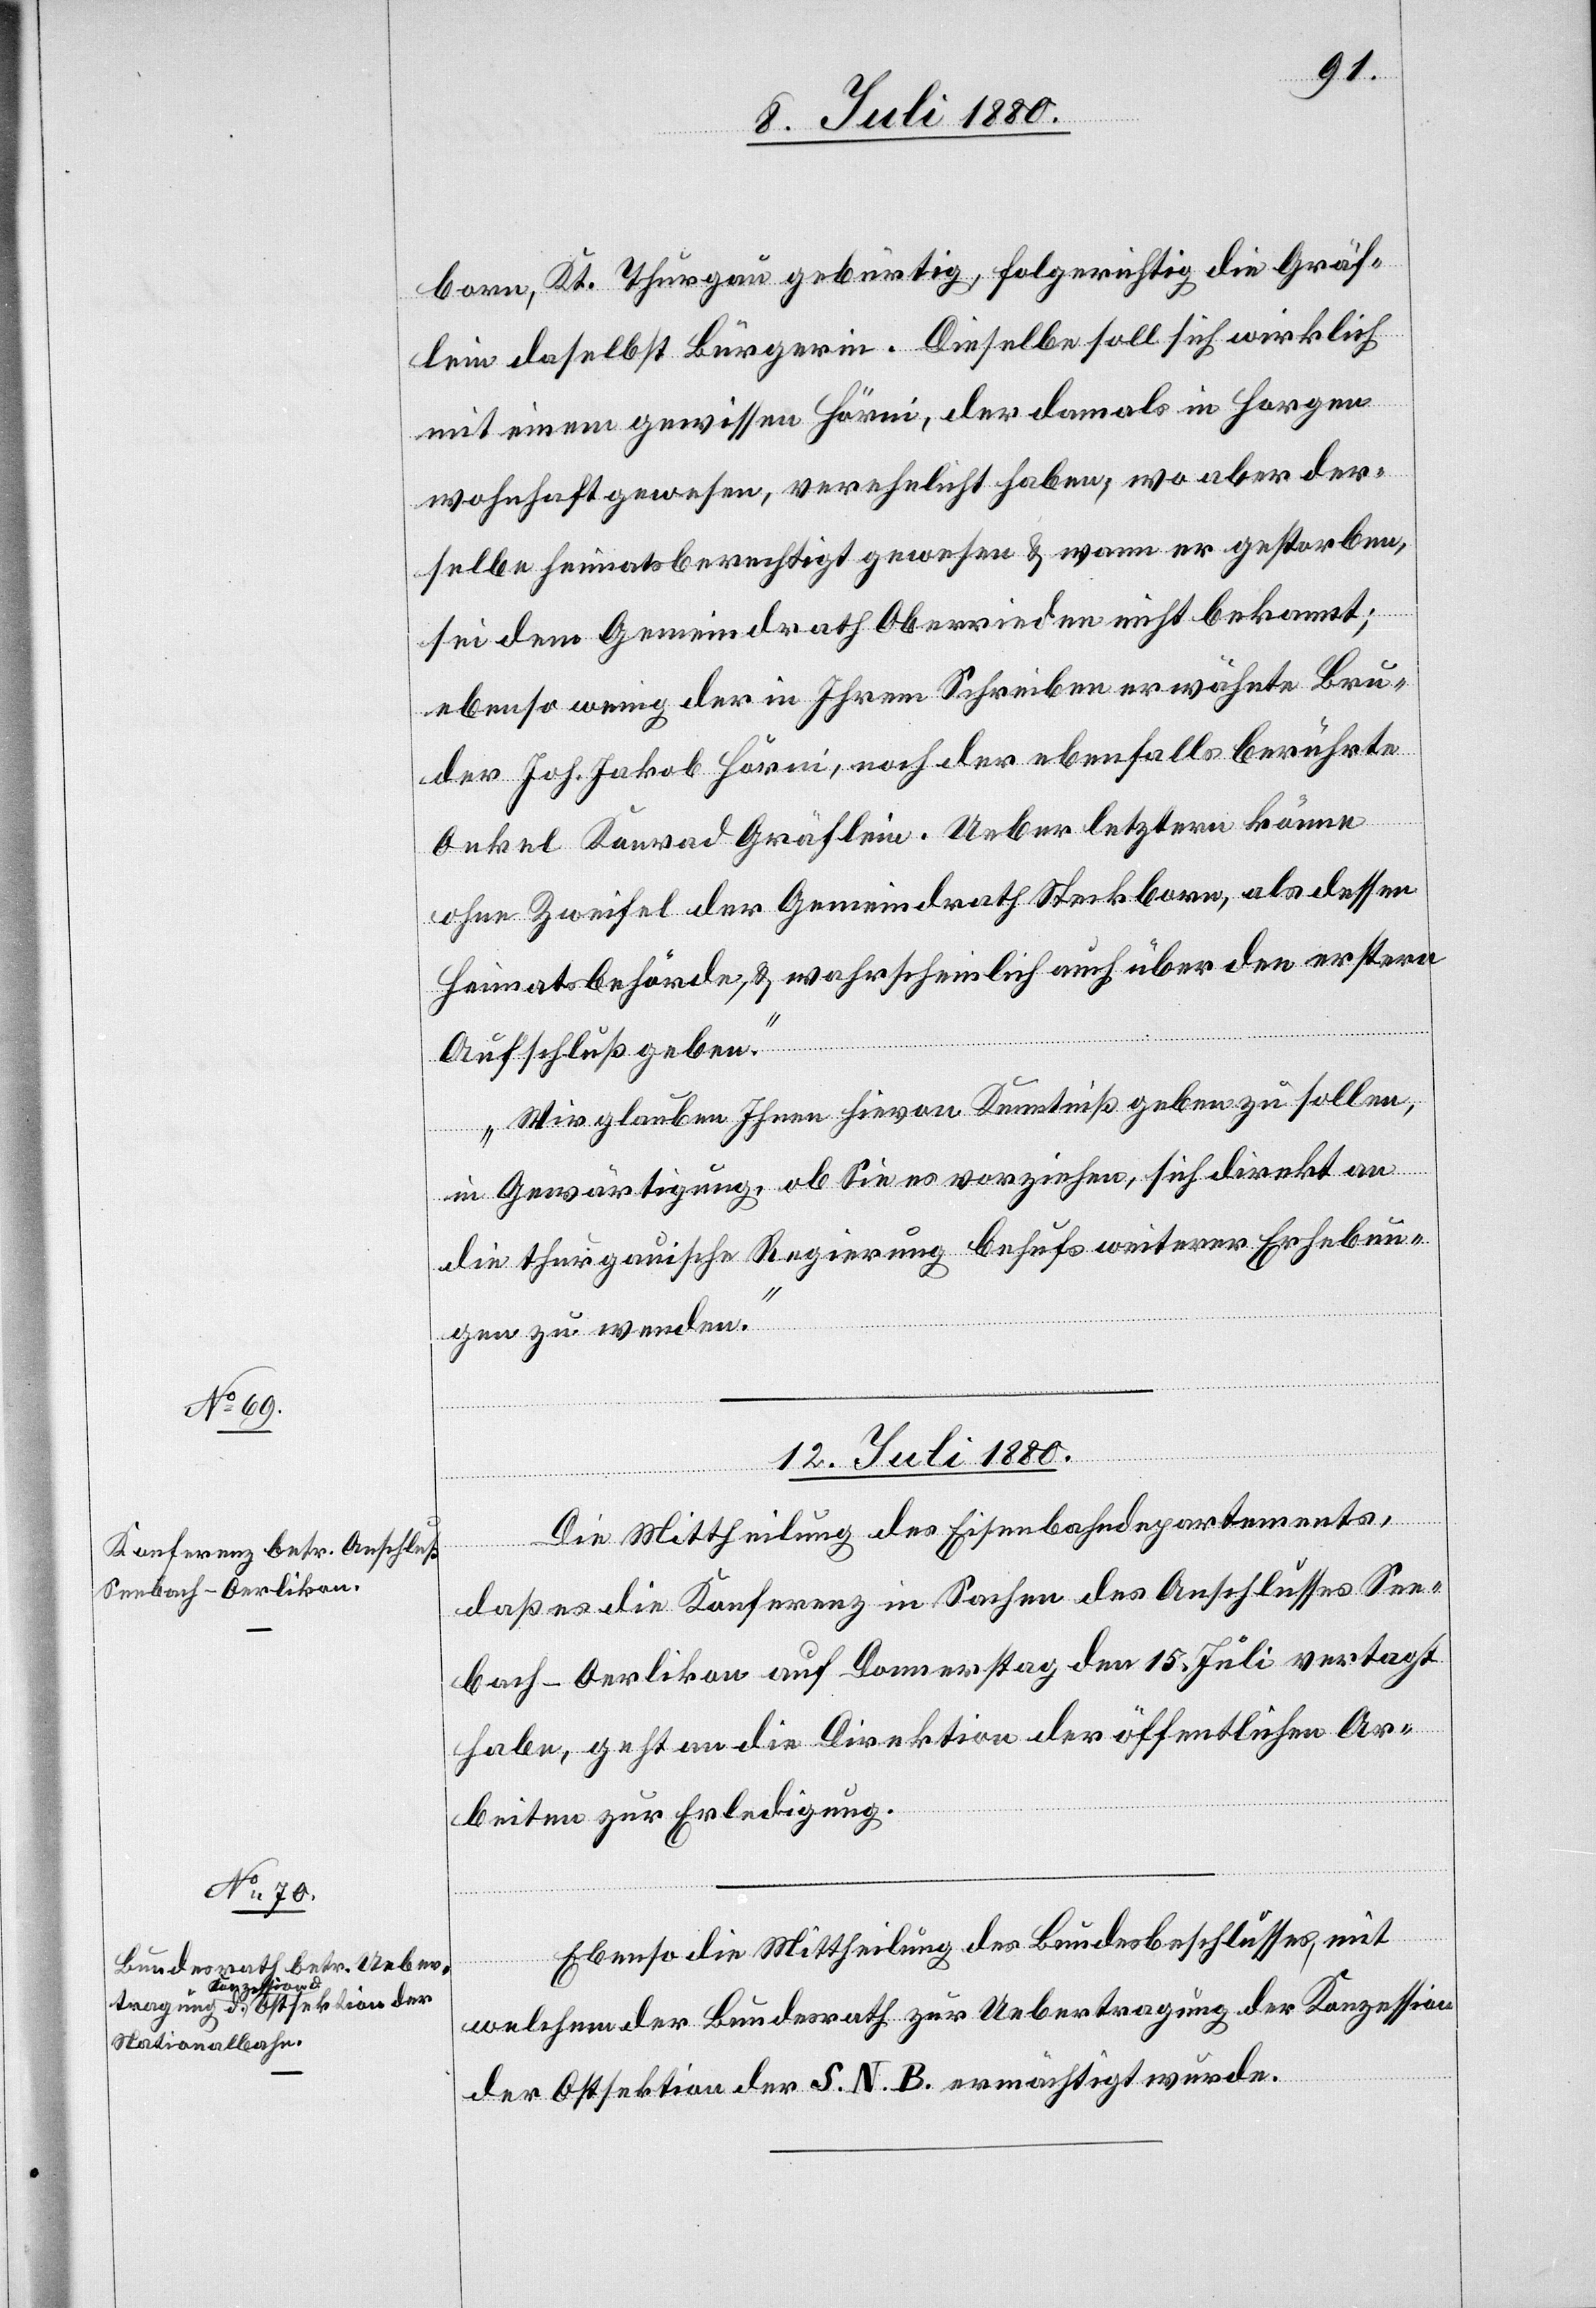
born, Kt. Thurgau gebürtig, folgerichtig die Gräf¬
lein daselbst Bürgerin. Dieselbe soll sich wirklich
mit einem gewissen Hörni [sic!], der damals in Horgen
wohnhaft gewesen, verehelicht haben, wo aber der¬
selbe heimatsberechtigt gewesen & wann er gestorben,
sei dem Gemeindrath Oberrieden nicht bekannt;
ebenso wenig der in Ihrem Schreiben erwähnte Bru¬
der Joh. Jakob Hörni, noch der ebenfalls berührte
Onkel Konrad Gräflein. Ueber letztern könne
ohne Zweifel der Gemeindrath Steckborn, als dessen
Heimatsbehörde, & wahrscheinlich auch über den erstern
Aufschluß geben.
Wir glauben Ihnen hievon Kenntniß geben zu sollen,
in Gewärtigung, ob Sie es vorziehen, sich direkt an
die thurgauische Regierung behufs weiterer Erhebun¬
gen zu wenden.“
12. Juli 1880.]
Die Mittheilung des Eisenbahndepartements,
daß es die Konferenz in Sachen des Anschlusses See¬
bach–Oerlikon auf Donnerstag den 15. Juli vertagt
habe, geht an die Direktion der öffentlichen Ar¬
beiten zur Erledigung.
Ebenso die Mittheilung des Bundesbeschlusses, mit
welchem der Bundesrath zur Uebertragung der Konzession
der Ostsektion der S. N. B. ermächtigt wurde.